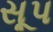
સૂપ